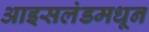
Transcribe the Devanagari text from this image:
आइसलंडमधून